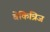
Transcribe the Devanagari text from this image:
बेकिन्रिज